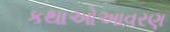
કથાઓઆવરણ